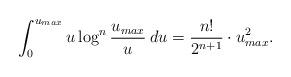
LaTeX: \begin{align*}\int_{0}^{u_{max}}u\log^{n}\frac{u_{max}}{u}\:du=\frac{n!}{2^{n+1}}\cdot u_{max}^{2}.\end{align*}